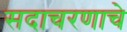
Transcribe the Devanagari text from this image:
सदाचरणाचे